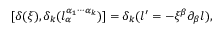
[ \delta ( \xi ) , \delta _ { k } ( l _ { \alpha } ^ { \alpha _ { 1 } \cdots \alpha _ { k } } ) ] = \delta _ { k } ( l ^ { \prime } = - \xi ^ { \beta } \partial _ { \beta } l ) ,